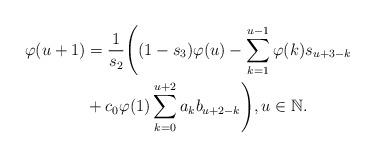
LaTeX: \begin{align*} \varphi(u+1)&=\frac{1}{s_2} \Biggl((1-s_3)\varphi(u)-\sum\limits_{k=1}^{u-1}\varphi(k)s_{u+3-k}\\&+c_0\varphi(1)\sum\limits_{k=0}^{u+2}a_kb_{u+2-k}\Biggr), u\in\mathbb{N}.\end{align*}